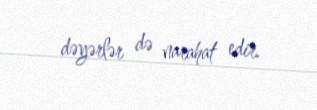
dəyərlər də narahat edir.